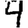
Digit: 4